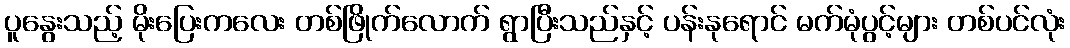
ပူနွေးသည့် မိုးပြေးကလေး တစ်ဖြိုက်လောက် ရွာပြီးသည်နှင့် ပန်းနုရောင် မက်မုံပွင့်များ တစ်ပင်လုံး